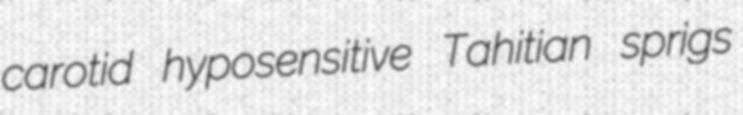
carotid hyposensitive Tahitian sprigs